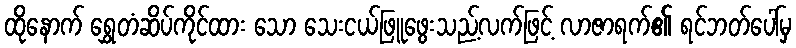
ထိုနောက် ရွှေတံဆိပ်ကိုင်ထား သော သေးငယ်ဖြူဖွေးသည့်လက်ဖြင့် လာဇာရက်၏ ရင်ဘတ်ပေါ်မှ